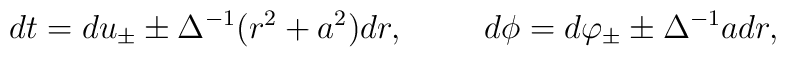
dt=du_{\pm}\pm \Delta^{-1} (r^2+a^2)dr,\hspace{1cm}d\phi=d\varphi_{\pm}\pm \Delta^{-1}a dr ,